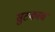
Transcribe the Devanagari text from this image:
सुटकाच